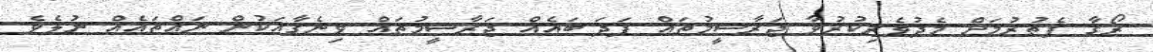
ރޯގާ ފެތުރުމަށް މެދުވެރިކުރުވާ ޖަރާސީމުތައް ފަދަ ބައެއް ޖަރާސީމުތައް ވިނެގާއަކުން ނައްތައެއް ނުލެވެ